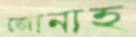
জোনাহ